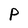
Character: P